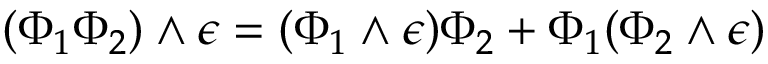
( \Phi _ { 1 } \Phi _ { 2 } ) \wedge \epsilon = ( \Phi _ { 1 } \wedge \epsilon ) \Phi _ { 2 } + \Phi _ { 1 } ( \Phi _ { 2 } \wedge \epsilon )